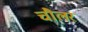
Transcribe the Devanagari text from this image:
चौलर